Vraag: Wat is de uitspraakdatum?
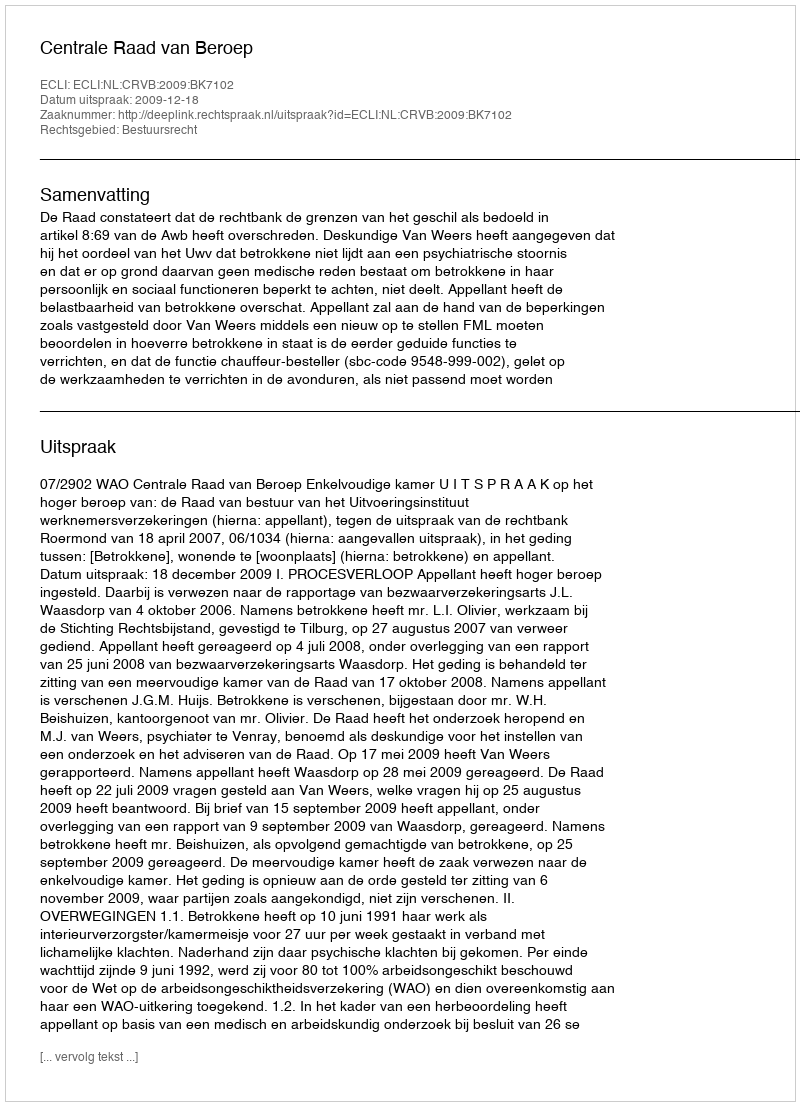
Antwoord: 2009-12-18